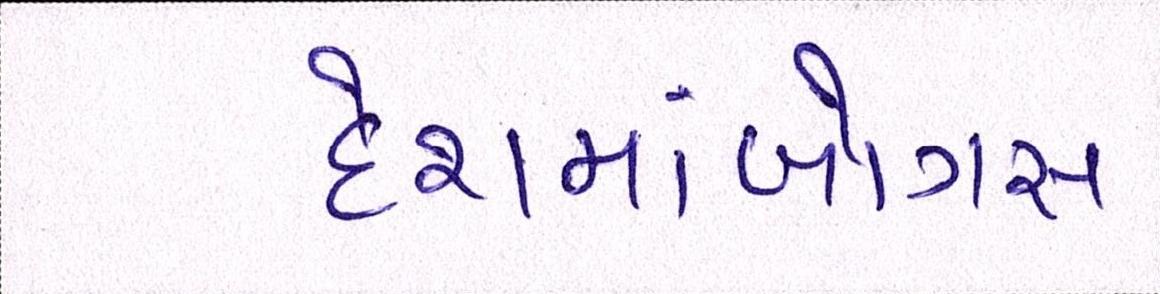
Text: દેશમાંબોગસ